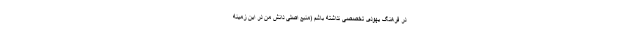
در فرهنگ یهودی تخصصی نداشته باشم (منبع اصلی دانش من در این زمینه